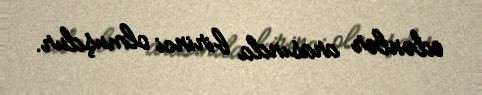
edənlər arasında birinci olmuşdur.